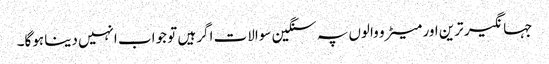
جہانگیر ترین اور میٹرو والوں پہ سنگین سوالات اگر ہیں تو جواب انہیں دینا ہوگا۔